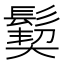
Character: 𩮁